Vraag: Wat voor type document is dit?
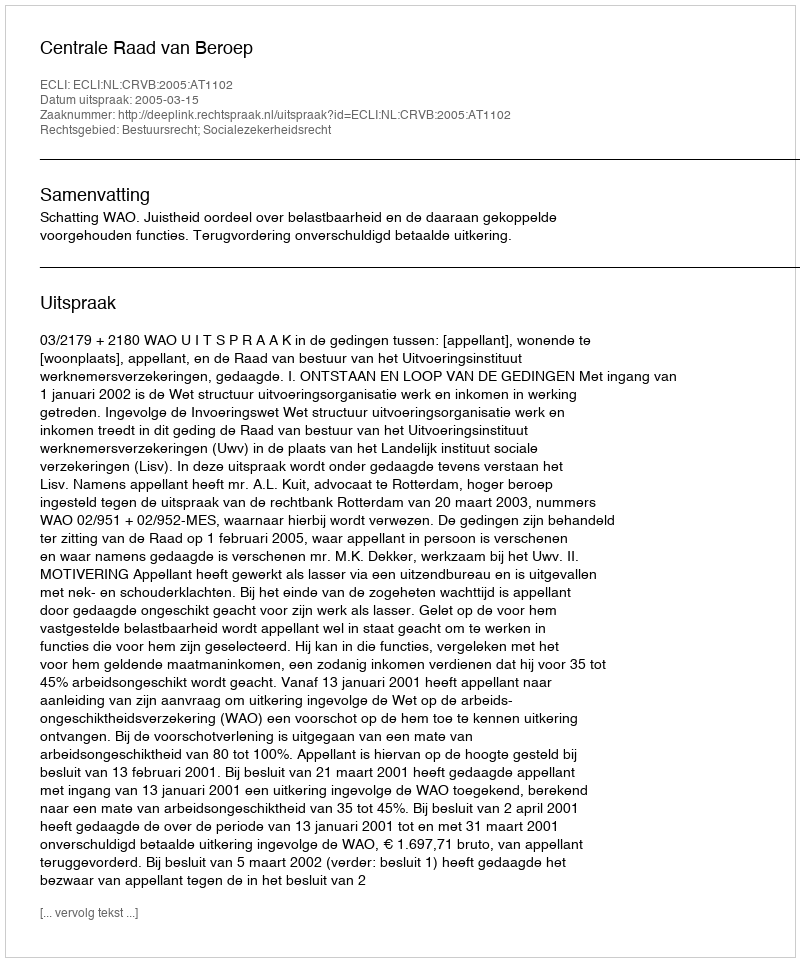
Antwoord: Uitspraak